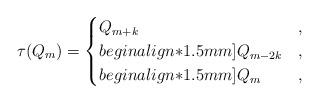
LaTeX: \begin{align*} \tau(Q_{m})= \begin{cases} Q_{m+k} & , \\begin{align*}1.5mm] Q_{m-2k} & , \\begin{align*}1.5mm] Q_m & , \end{cases}\end{align*}